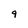
Character: 9